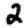
Digit: 2